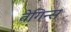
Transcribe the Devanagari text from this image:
वेगिन्स